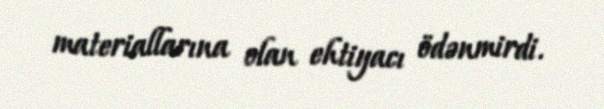
materiallarına olan ehtiyacı ödənmirdi.